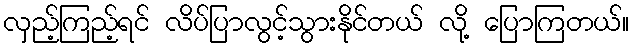
လှည့်ကြည့်ရင် လိပ်ပြာလွင့်သွားနိုင်တယ် လို့ ပြောကြတယ်။